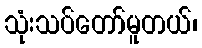
သုံးသပ်တော်မူတယ်၊